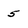
Character: 5